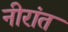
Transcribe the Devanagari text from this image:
नीरांत